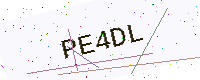
Text: PE4DL